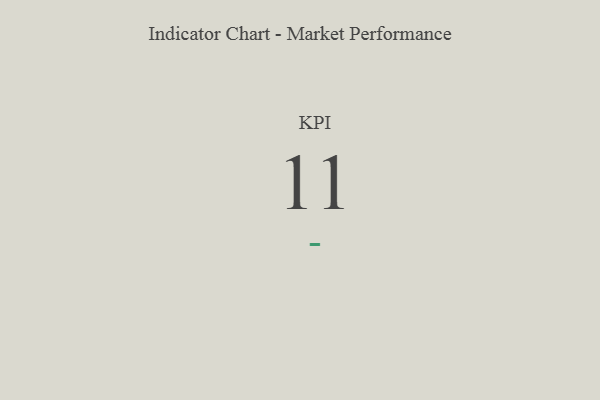
{"axis": {"x": "KPI", "y": "Value"}, "legend": [""], "data": [{"x": "KPI", "y": 11, "type": ""}]}